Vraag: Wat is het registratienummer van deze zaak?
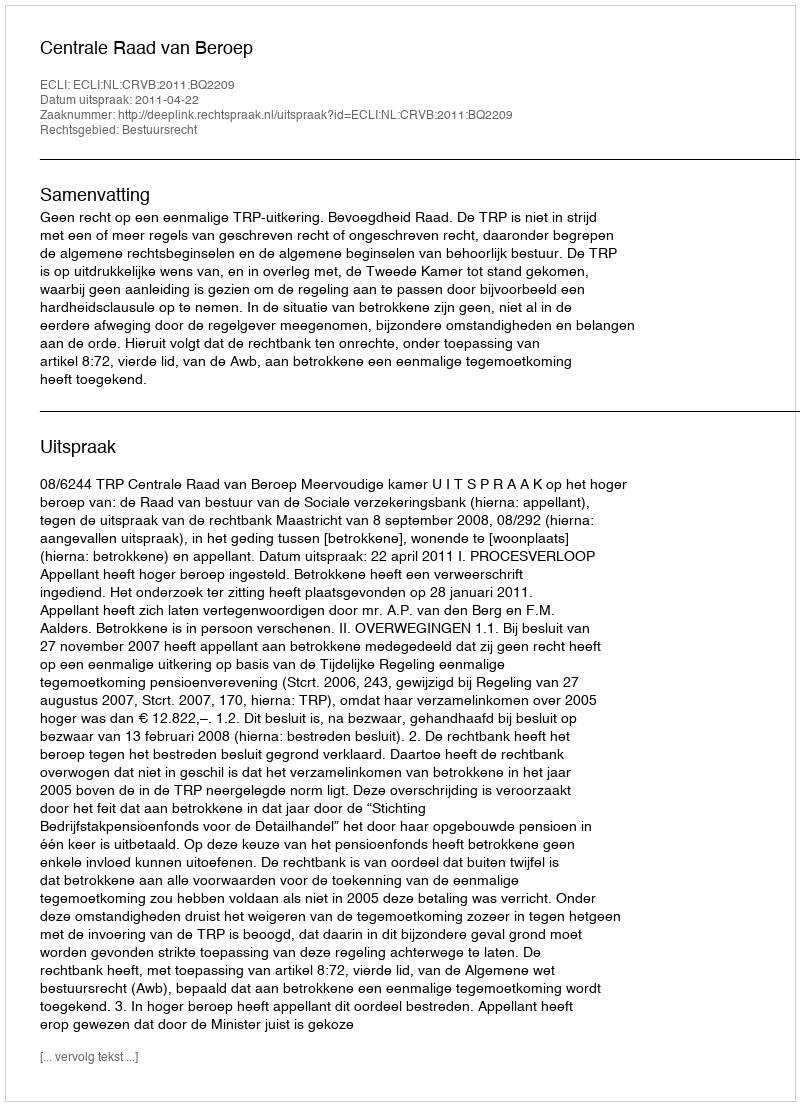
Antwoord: http://deeplink.rechtspraak.nl/uitspraak?id=ECLI:NL:CRVB:2011:BQ2209